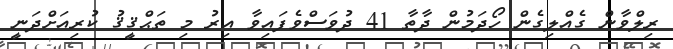
ރިލްވާން ގެއްލިގެން ހޯދަމުން ދާތާ 41 ދުވަސްވެފައިވާ އިރު މި ތަޙްޤީޤު ކުރިއަށްދަނީ